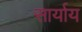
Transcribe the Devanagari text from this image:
सार्याय